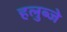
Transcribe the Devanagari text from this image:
हलुब्जे